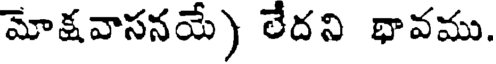
మోక్షవాసనయే) లేదని భావము.